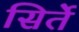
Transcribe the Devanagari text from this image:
सिर्ते